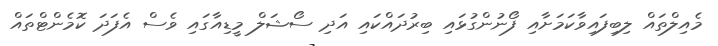
މެއިލްތައް ލިބިފައިވާކަމަށާއި ފޯނުންގުޅައި ބިރުދައްކައި އަދި ސޯޝަލް މީޑިއާގައި ވެސް އެފަދަ ކޮމެންޓްތައް